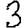
Digit: 3